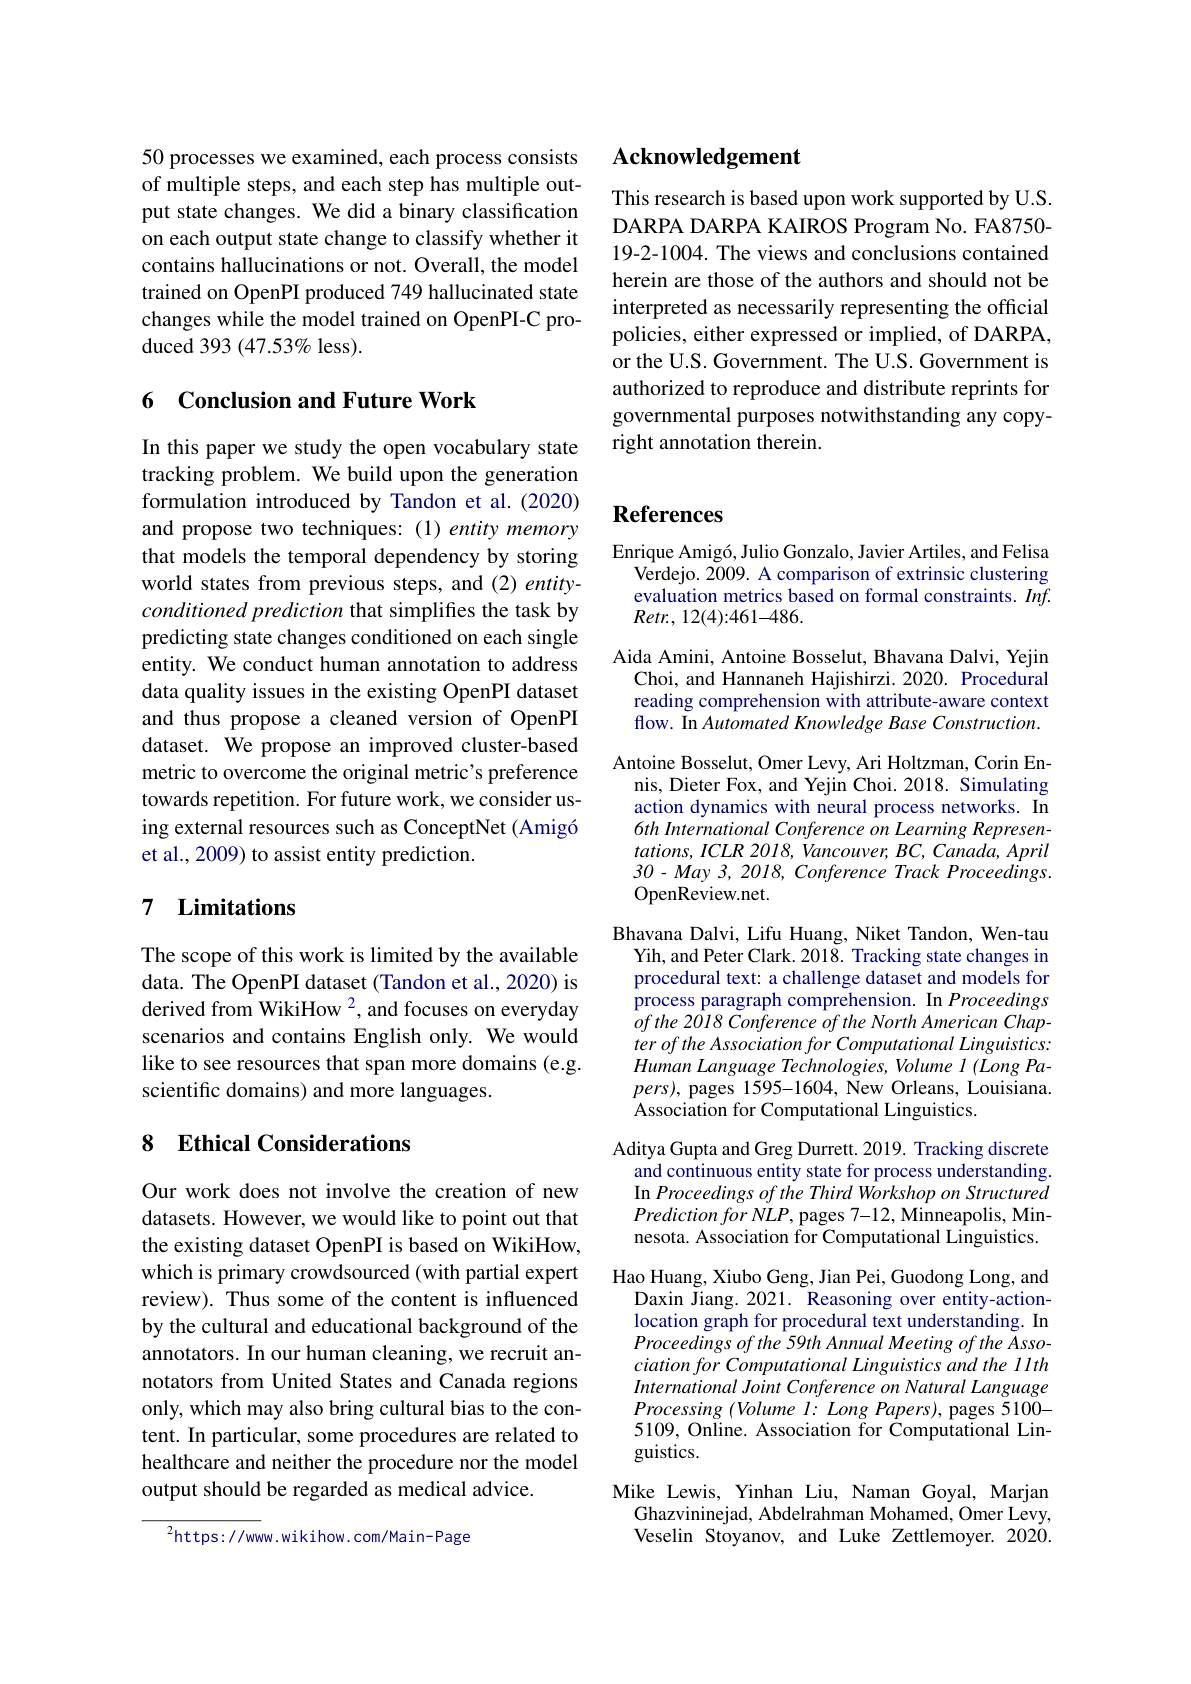
## Acknowledgement

This research is based upon work supported by U.S. DARPA DARPA KAIROS Program No. FA8750- 19-2-1004. The views and conclusions contained herein are those of the authors and should not be interpreted as necessarily representing the official policies, either expressed or implied, of DARPA, or the U.S. Government. The U.S. Government is authorized to reproduce and distribute reprints for governmental purposes notwithstanding any copyright annotation therein.

50 processes we examined, each process consists of multiple steps, and each step has multiple output state changes. We did a binary classification on each output state change to classify whether it contains hallucinations or not. Overall, the model trained on OpenPI produced 749 hallucinated state changes while the model trained on OpenPI-C produced 393 (47.53% less).

## 6 Conclusion and Future Work

In this paper we study the open vocabulary state tracking problem. We build upon the generation formulation introduced by Tandon et al.(2020) and propose two techniques: (1) entity memory that models the temporal dependency by storing world states from previous steps, and (2) entityconditioned prediction that simplifies the task by predicting state changes conditioned on each single entity. We conduct human annotation to address data quality issues in the existing OpenPI dataset and thus propose a cleaned version of OpenPI dataset. We propose an improved cluster-based metric to overcome the original metric's preference towards repetition. For future work, we consider using external resources such as ConceptNet (Amigó et al., 2009) to assist entity prediction.

## 7 Limitations

The scope of this work is limited by the available data. The OpenPI dataset (Tandon et al., 2020) is derived from WikiHow $^2$, and focuses on everyday scenarios and contains English only. We would like to see resources that span more domains (e.g. scientific domains) and more languages.

# 8 Ethical Considerations

Our work does not involve the creation of new datasets. However, we would like to point out that the existing dataset OpenPI is based on WikiHow, which is primary crowdsourced (with partial expert review). Thus some of the content is influenced by the cultural and educational background of the annotators. In our human cleaning, we recruit annotators from United States and Canada regions only, which may also bring cultural bias to the content. In particular, some procedures are related to healthcare and neither the procedure nor the model output should be regarded as medical advice.

$^{2}$https://www.wikihow.com/Main-Page

# References

Enrique Amigó, Julio Gonzalo, Javier Artiles, and Felisa
Verdejo. 2009. A comparison of extrinsic clustering evaluation metrics based on formal constraints. Inf. $Retr.,12(4):461-486.$

Aida Amini, Antoine Bosselut, Bhavana Dalvi, Yejin Choi, and Hannaneh Hajishirzi. 2020. Procedural reading comprehension with attribute-aware context flow. In Automated Knowledge Base Construction.
Antoine Bosselut, Omer Levy, Ari Holtzman, Corin En-
nis, Dieter Fox, and Yejin Choi. 2018. Simulating action dynamics with neural process networks. In 6th International Conference on Learning Represen- $tations,ICLR2018,Vancouver,BC,Canada,April$ 30-May 3, 2018, Conference Track Proceedings. OpenReview.net.
Bhavana Dalvi, Lifu Huang, Niket Tandon, Wen-tau
Yih, and Peter Clark. 2018. Tracking state changes in procedural text: a challenge dataset and models for process paragraph comprehension. In Proceedings $ofthe2018\textit{Conference of the North American Chap- }$ ter of the Association for Computational Linguistics: Human Language Technologies, Volume l (Long Pa- $pers)$, pages 1595-1604, New Orleans, Louisiana. Association for Computational Linguistics.
Aditya Gupta and Greg Durrett. 2019. Tracking discrete
and continuous entity state for process understanding. In Proceedings of the Third Workshop on Structured $PredictionforNLP$,pages 7-12, Minneapolis, Minnesota. Association for Computational Linguistics.
Hao Huang, Xiubo Geng, Jian Pei, Guodong Long, and $\underset{\mathrm{d}}{\operatorname*{\text{Daxin Jiang.2021. Reasoning over entity-action-}}}$ location graph for procedural text understanding. In Proceedings of the 59th Annual Meeting of the Association for Computational Linguistics and the 11th International Joint Conference on Natural Language $Processing~(Volume~l:~Long~Papers),~$pages 5100- 5109, Online. Association for Computational Linguistics.
Mike Lewis, Yinhan Liu, Naman Goyal, Marjan
Ghazvininejad, Abdelrahman Mohamed, Omer Levy, Veselin Stoyanov, and Luke Zettlemoyer. 2020.